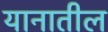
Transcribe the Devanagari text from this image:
यानातील